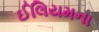
ઈલિયમના